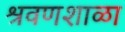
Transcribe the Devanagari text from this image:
श्रवणशाळा